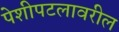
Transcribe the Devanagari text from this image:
पेशीपटलावरील